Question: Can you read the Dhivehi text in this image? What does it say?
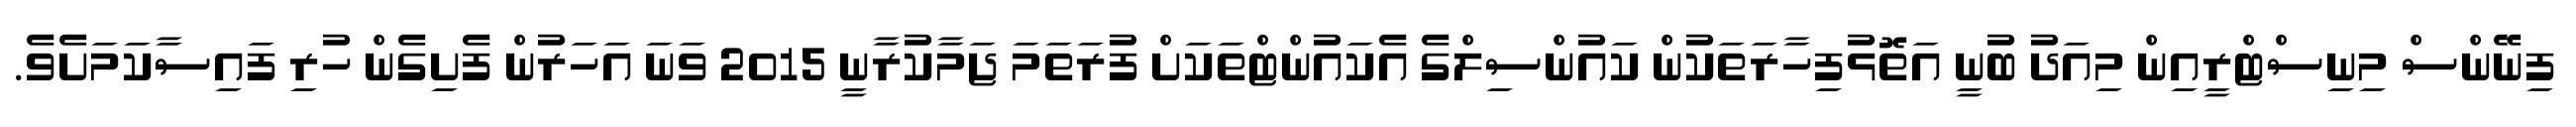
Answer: ފިނޭންސް މިނިސްޓްރީއިން މިއަދު ބުނީ އަތޮޅުފިހާރަތަކުން ކައުންސިލްގެ އެކައުންޓްތަކަށް ފުރަތަމަ ޖަމާކުރާނީ 2015 ވަނަ އަހަރުން ފެށިގެން ހުރި ފައިސާކަމަށެވެ.